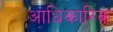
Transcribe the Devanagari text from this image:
अाधिकारिक